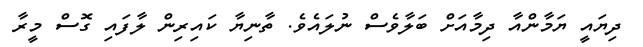
ދިޔައީ ޔަމާންއާ ދިމާއަށް ބަލާވެސް ނުލައެވެ. ތާނިޔާ ކައިރިން ލާފައި ގޮސް މީރާ